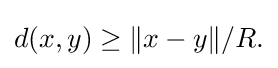
\displaystyle {d(x,y)\geq \|x-y\|/R.}